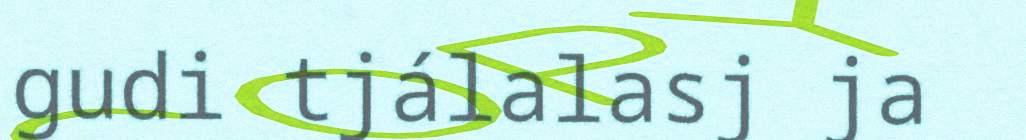
gudi tjálalasj ja